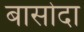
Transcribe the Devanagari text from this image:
बासोदा